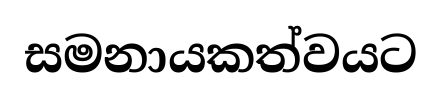
සමනායකත්වයට